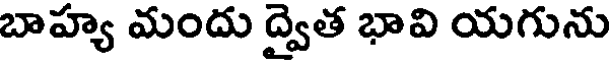
బాహ్య మందు ద్వైత భావి యగును